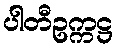
ပါတီဥက္ကဋ္ဌ